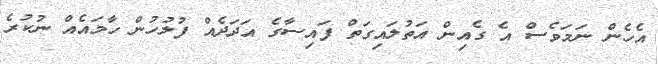
އެހެން ނަމަވެސް އެ ގެއިން އަތުލައިގަތް ފައިސާގެ އަދަދެއް ފުލުހުން ހާމައެއް ނުކުރެ